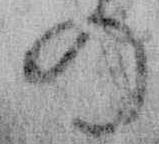
の